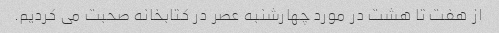
از هفت تا هشت در مورد چهارشنبه عصر در کتابخانه صحبت می کردیم.